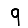
Digit: 9